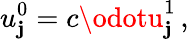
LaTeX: u_{\mathbf{j}}^{0}=c\odotu_{\mathbf{j}}^{1}\, ,